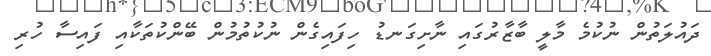
ދައުލަތުން ނުކުމެ މާލީ ބާޒާރުގައި ނާށިގަނޑު ހިފައިގެން ނުކުތުމުން ބޭންކުތަކާއި ފައިސާ ހުރި